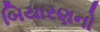
બિયારણનો